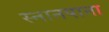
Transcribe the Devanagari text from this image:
स्नानपाना